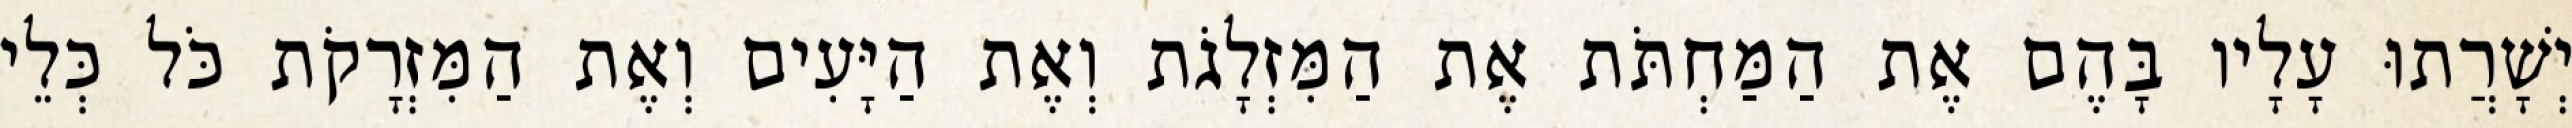
יְשָׁרֲתוּ עָלָיו בָּהֶם אֶת הַמַּחְתֹּת אֶת הַמִּזְלָגֹת וְאֶת הַיָּעִים וְאֶת הַמִּזְרָקֹת כֹּל כְּלֵי